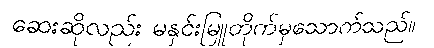
ဆေးဆိုလည်း မနှင်းမြူတိုက်မှသောက်သည်။